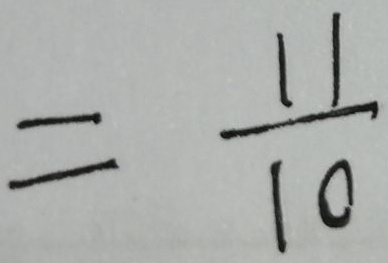
= \frac { 1 1 } { 1 0 }